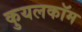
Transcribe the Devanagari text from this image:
कुयलकॉम